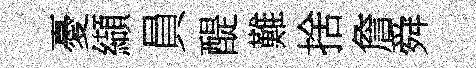
憂纈員醍難捨詹舜